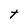
Character: t